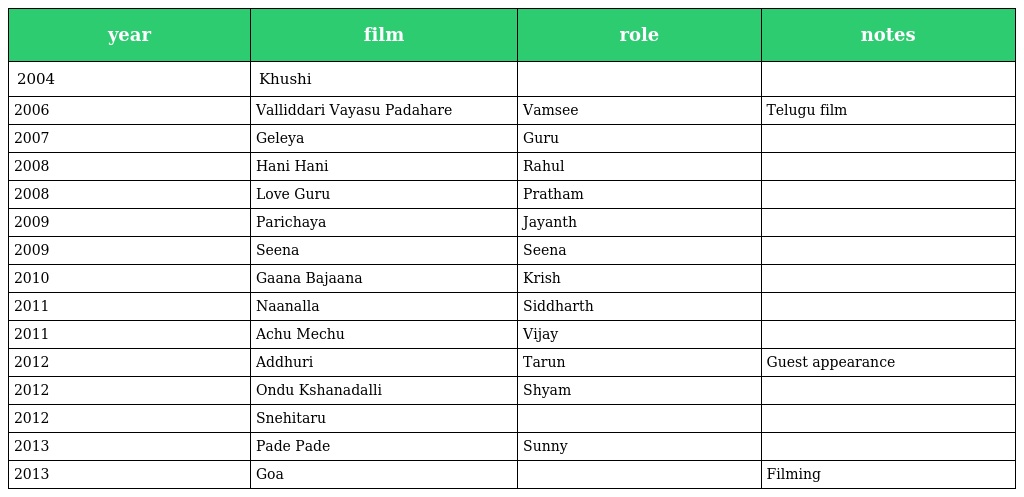
| year | film | role | notes |
 | --- | --- | --- | --- |
 | 2004 | Khushi |  |  |
 | 2006 | Valliddari Vayasu Padahare | Vamsee | Telugu film |
 | 2007 | Geleya | Guru |  |
 | 2008 | Hani Hani | Rahul |  |
 | 2008 | Love Guru | Pratham |  |
 | 2009 | Parichaya | Jayanth |  |
 | 2009 | Seena | Seena |  |
 | 2010 | Gaana Bajaana | Krish |  |
 | 2011 | Naanalla | Siddharth |  |
 | 2011 | Achu Mechu | Vijay |  |
 | 2012 | Addhuri | Tarun | Guest appearance |
 | 2012 | Ondu Kshanadalli | Shyam |  |
 | 2012 | Snehitaru |  |  |
 | 2013 | Pade Pade | Sunny |  |
 | 2013 | Goa |  | Filming |